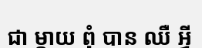
ជា ម្តាយ ពុំ បាន ឈឺ អ្វី